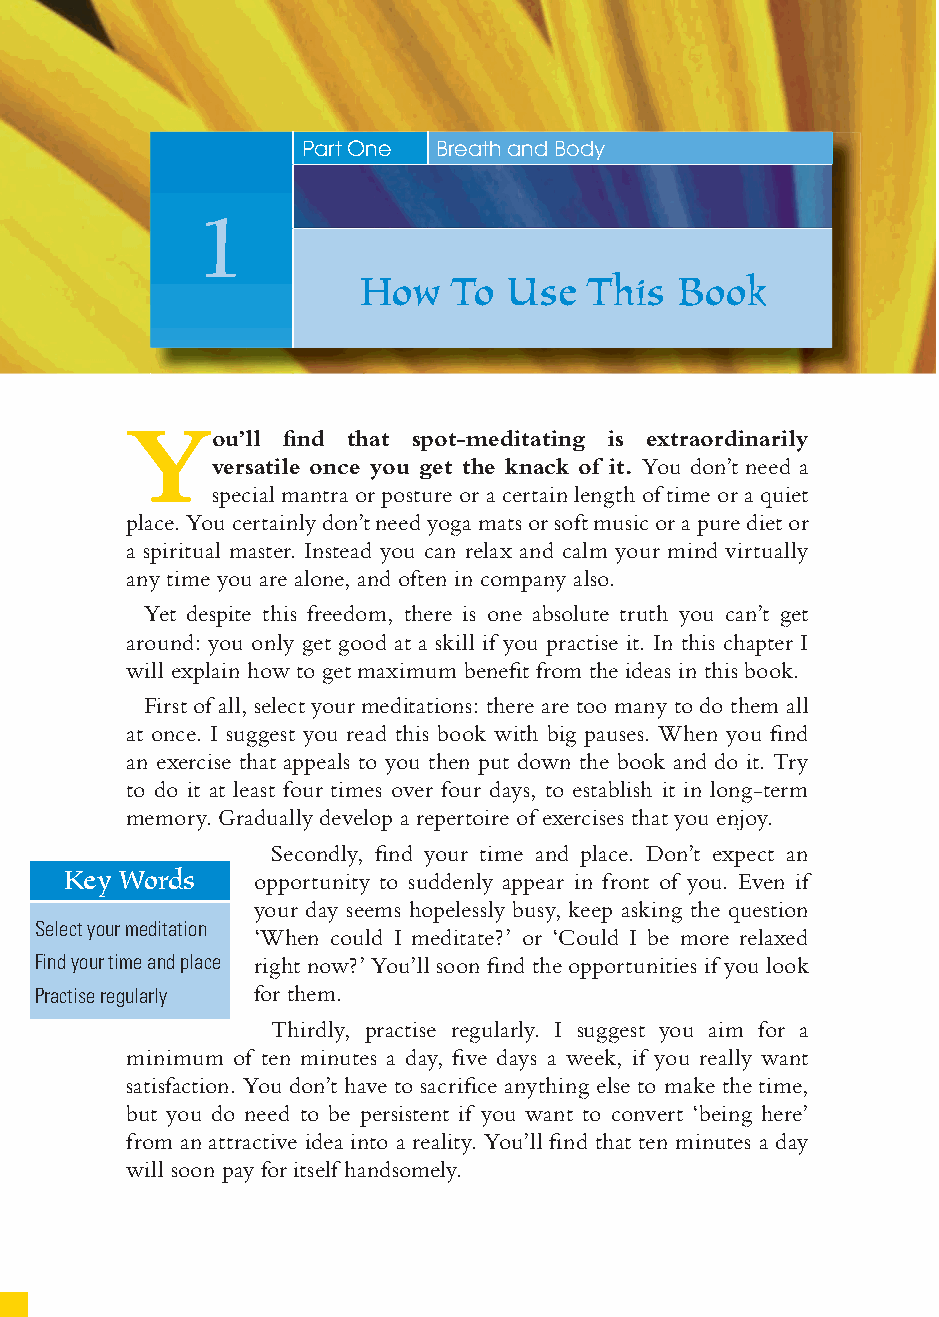
8
 Part One Breath and Body
 1
 How   To Use   This Book
 Y
 ou’ll fi nd that spot-meditating is extraordinarily
 versatile once you get the knack of it. You don’t need a
 special mantra or posture or a certain length of time or a quiet
 place. You certainly don’t need yoga mats or soft music or a pure diet or
 a spiritual master. Instead you can relax and calm your mind virtually
 any time you are alone, and often in company also.
 Yet despite this freedom, there is one absolute truth you can’t get
 around: you only get good at a skill if you practise it. In this chapter I
 will explain how to get maximum benefi t from the ideas in this book.
 First of all, select your meditations: there are too many to do them all
 at once. I suggest you read this book with big pauses. When you fi nd
 an exercise that appeals to you then put down the book and do it. Try
 to do it at least four times over four days, to establish it in long-term
 memory. Gradually develop a repertoire of exercises that you enjoy.
 Secondly, fi nd your time and place. Don’t expect an
 Key Words    opportunity to suddenly appear in front of you. Even if
 your day seems hopelessly busy, keep asking the question
 Select your meditation
 ‘When could I meditate?’ or ‘Could I be more relaxed
 Find your time and place right now?’ You’ll soon fi nd the opportunities if you look
 Practise regularly for them.
 Thirdly, practise regularly. I suggest you aim for a
 minimum of ten minutes a day, fi ve days a week, if you really want
 satisfaction. You don’t have to sacrifi ce anything else to make the time,
 but you do need to be persistent if you want to convert ‘being here’
 from an attractive idea into a reality. You’ll fi nd that ten minutes a day
 will soon pay for itself handsomely.
 ffiivvee__220000667788..iinndddd SSeecc11::1122     3300//55//0055 55::0033::2200 PPMM